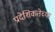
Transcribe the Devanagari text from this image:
प्रादेशिकतेच्या